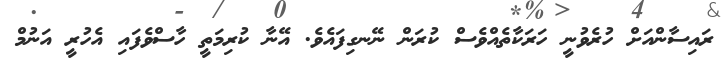
ރައިސާންއަށް ހުރެވުނީ ހަރަކާތެއްވެސް ކުރަން ނޭނގިފައެވެ. އޭނާ ކުރިމަތީ ހާސްވެފައި އެހުރީ އަނުމް